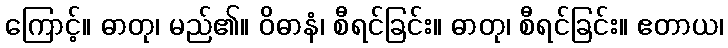
ကြောင့်။ ဓာတု၊ မည်၏။ ဝိဓာနံ၊ စီရင်ခြင်း။ ဓာတု၊ စီရင်ခြင်း။ ဧတာယ၊